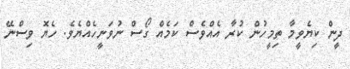
ދީން ކިޔެވީމާ ތިމީހުން ކުރާ އެއްވެސް ކަމެއް ގޯސް ނުވަނީހެއްޔެވެ. ހެޔޮ ވިސްނޭ